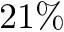
2 1 \%